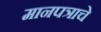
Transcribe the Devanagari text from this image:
मानपत्राचे